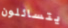
يتسائلون